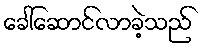
ခေါ်ဆောင်လာခဲ့သည်